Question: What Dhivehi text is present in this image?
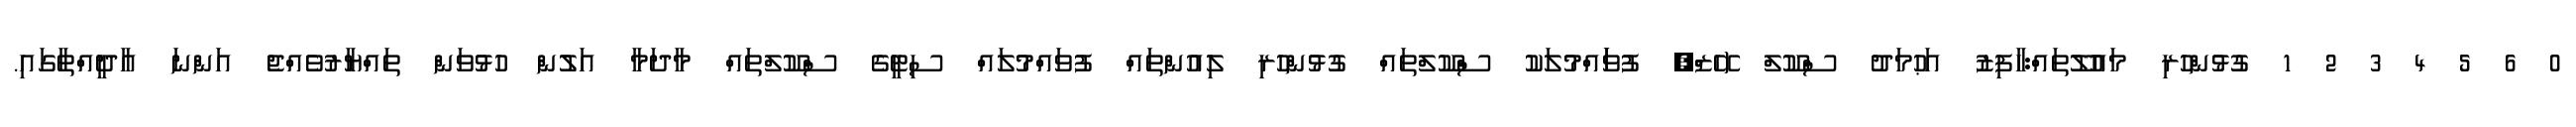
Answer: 0 6 5 4 3 2 1 ގުޅުންހުރި މައުލޫތައް:ހާފިޒު އަޙުމަދު ސްކޫލް (ހޭޒްް, ފުވަައްމުލަކު ސްކޫލްތައް ގުޅުންހުރި ލިއުންތައް ފުވައްމުލައް ސިޓީގެ ސްކޫލްތައް މާދަމާ އަލުން ހުޅުވަން ތައްޔާރުވެއްޖެ އަންނަ އާދީއްތާގައި.